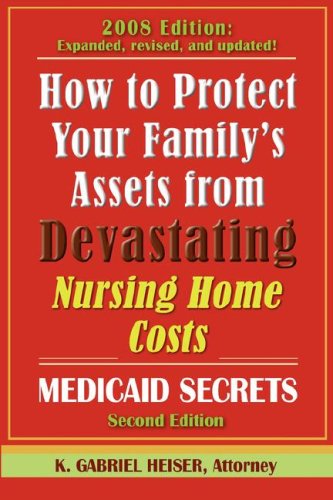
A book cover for How to Protect Your Family's Assets from Devastating Nursing Home Costs: Medicaid Secrets (2nd Edition).; K. Gabriel Heiser; Medical Books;